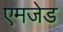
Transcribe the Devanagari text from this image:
एमजेड